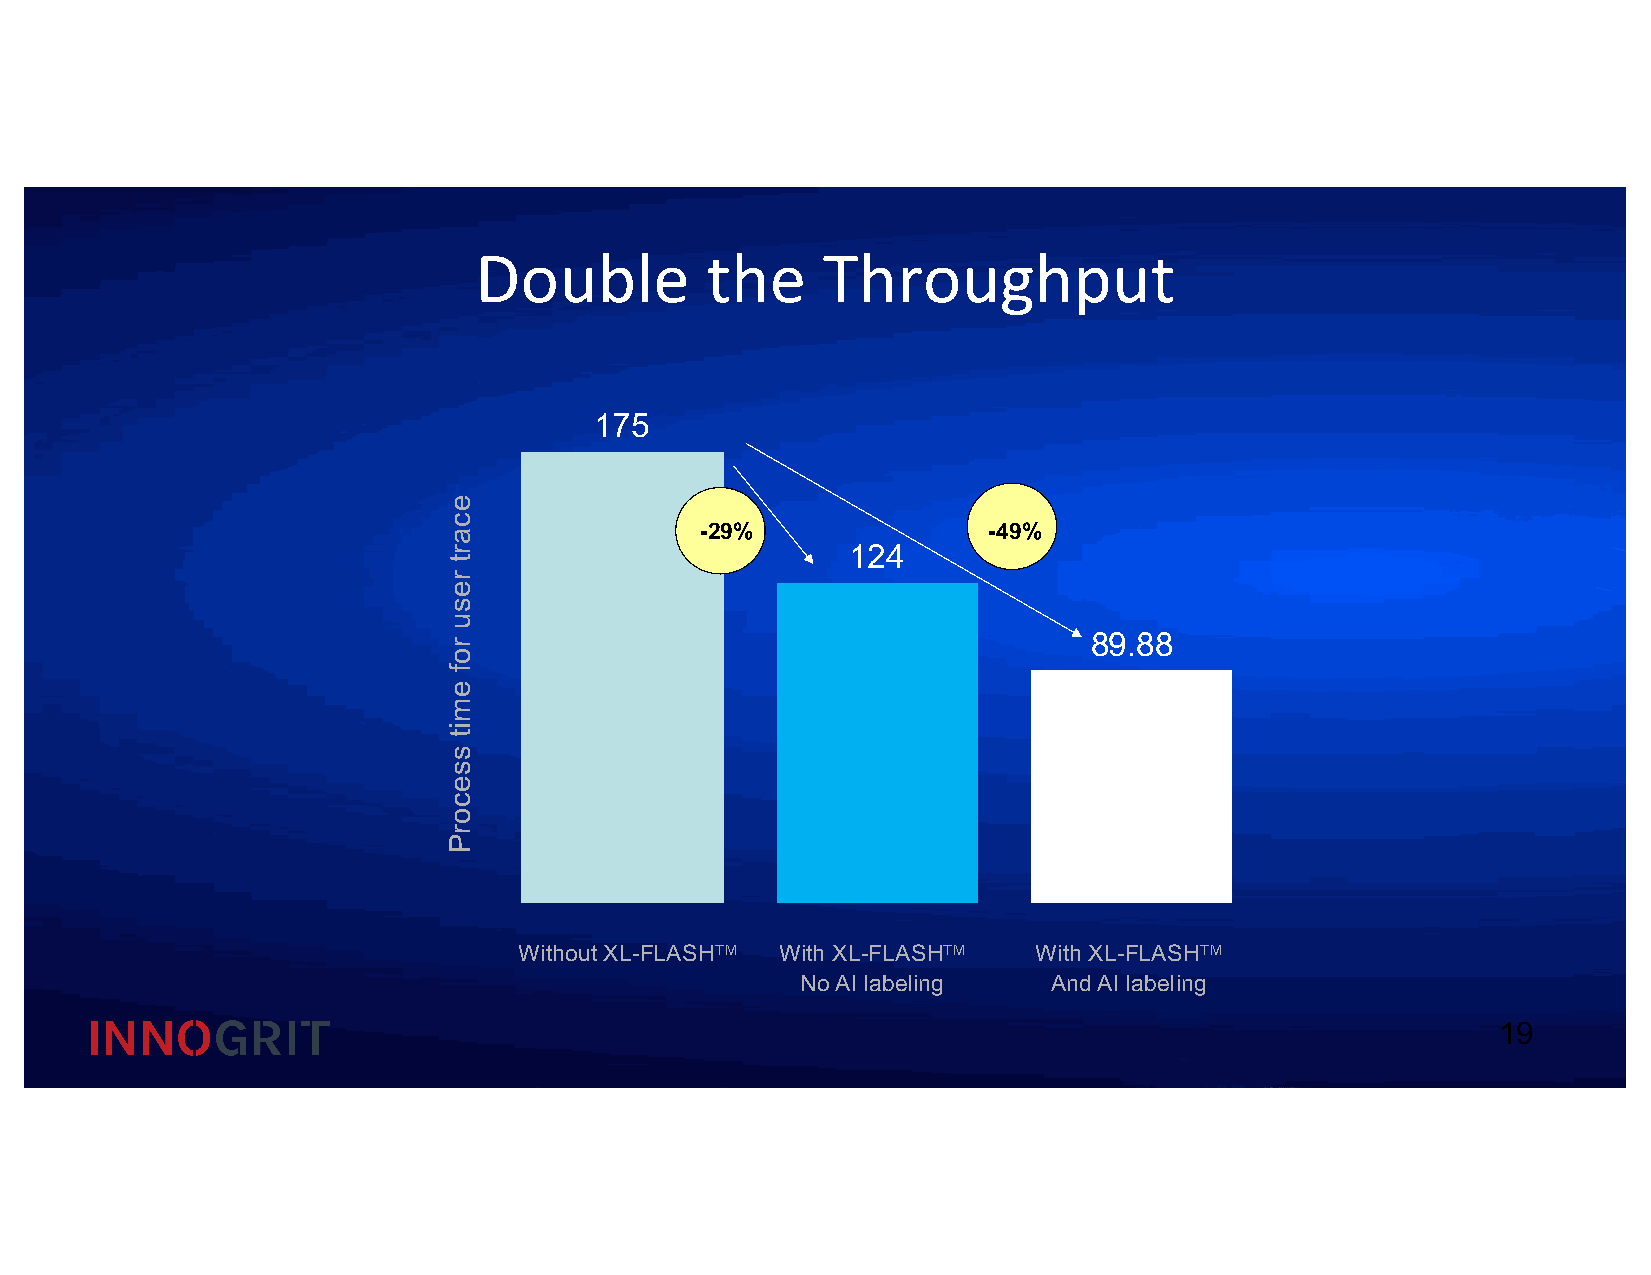
Double          the    Throughput
 175
 -29%               -49%
 124
 89.88
 Without XL-FLASHTM With XL-FLASHTM With XL-FLASHTM
 No AI labeling   And AI labeling
 19
 ecart
 resu
 rof
 emit
 ssecorP